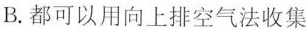
B.都可以用向上排空气法收集